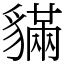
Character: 䝡